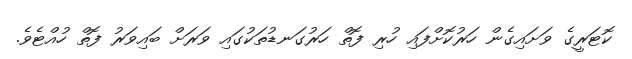
ކޮޓަރީގެ ވަށައިގެން ހަރުކޮށްފައި ހުރި ފޮތް ހަރުގަނޑުތަކުގައި ވަރަށް ބައިވަރު ފޮތް ހުއްޓެވެ.